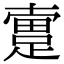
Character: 𨂬